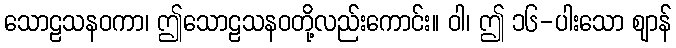
သောဠသနဝကာ၊ ဤသောဠသနဝတို့လည်းကောင်း။ ဝါ၊ ဤ ၁၆-ပါးသော ဈာန်